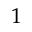
1